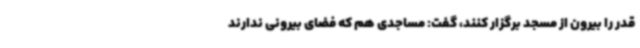
قدر را بیرون از مسجد برگزار کنند، گفت: مساجدی هم که فضای بیرونی ندارند